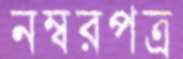
নম্বরপত্র